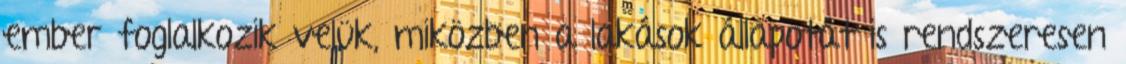
ember foglalkozik velük, miközben a lakások állapotát is rendszeresen